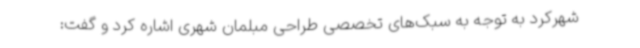
شهرکرد به توجه به سبک‌های تخصصی طراحی مبلمان شهری اشاره کرد و گفت: